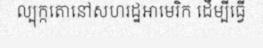
ល្បុក្កតោនៅសហរដ្ឋអាមេរិក ដើម្បីធ្វើ